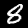
Digit: 8